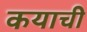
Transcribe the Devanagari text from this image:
कयाची